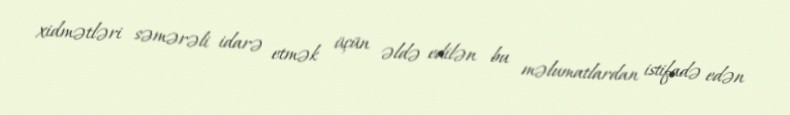
xidmətləri səmərəli idarə etmək üçün əldə edilən bu məlumatlardan istifadə edən